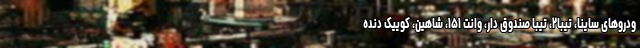
ودروهای ساینا، تیبا۲، تیبا صندوق دار، وانت ۱۵۱، شاهین، کوییک دنده